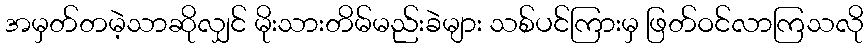
အမှတ်တမဲ့သာဆိုလျှင် မိုးသားတိမ်မည်းခဲများ သစ်ပင်ကြားမှ ဖြတ်ဝင်လာကြသလို